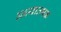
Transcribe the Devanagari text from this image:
अध्यात्मक